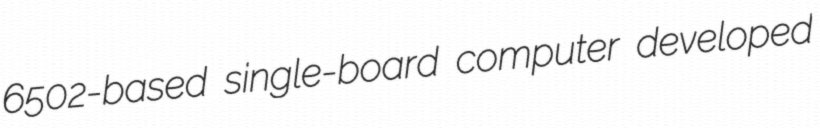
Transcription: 6502-based single-board computer developed